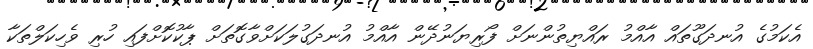
އެކަމުގެ އުނދަގޫތައް އާއްމު ރައްޔިތުންނަށް ފޯރިޔަނުދޭން އާއްމު އުނދަގުލަކަށްވާގޮތަށް ޕާކުކޮށްފައި ހުރި ވެހިކަލްތަކާ